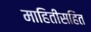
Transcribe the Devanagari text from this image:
माहितीसहित